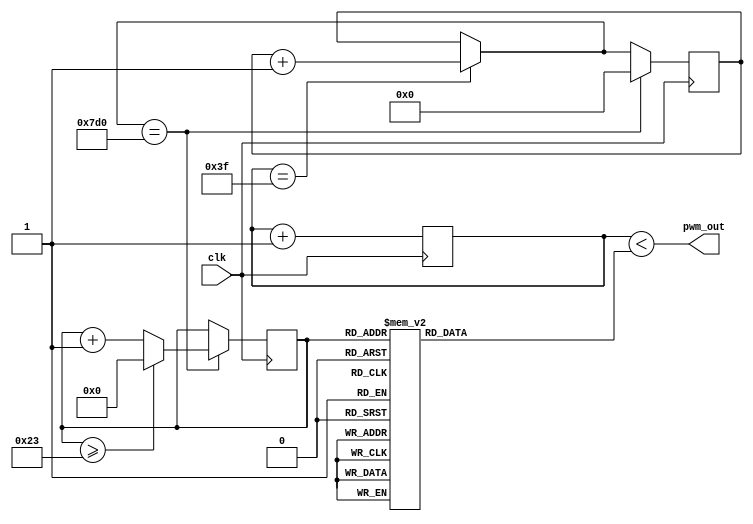
`timescale 1ns/1ps

module pwm_basico
	#(parameter R = 6, parameter N=2000)(
	input clk,
	//output reg [R - 1:0] ciclo,
	output pwm_out
	);
	
	
	//Contador de flanco positivo
	reg [R - 1:0] Q_reg=0;
	reg [R - 1:0] ciclo=0;
	reg [5:0]caso =0;
	reg [15:0] n=0;
	assign pwm_out = (Q_reg <ciclo);
	always @(posedge clk)
	begin
		Q_reg <= Q_reg+1;
		
	
	if(Q_reg==2**R-1) begin 
	n=n+1;
	end
	
	if(n==N)begin
		if(caso>=35) caso=0;
		else caso=caso+1;	
		n=0;end
	end
	
	always @(*) begin
	case(caso)
			0: ciclo=2**R*0.5; // 
			1: ciclo=2**R*0.5893; // 
			2: ciclo=2**R*0.6757; // 
			3: ciclo=2**R*0.7564; // 
			4: ciclo=2**R*0.829; // 
			5: ciclo=2**R*0.8909; // 
			6: ciclo=2**R*0.9403; // 
			7: ciclo=2**R*0.9755; // 
			8: ciclo=2**R-1;
			9: ciclo=2**R-1;
			10: ciclo=2**R-1;
			11: ciclo=2**R*0.9598;
			12: ciclo=2**R*0.9173;
			13: ciclo=2**R*0.8614;
			14: ciclo=2**R*0.7939;
			15: ciclo=2**R*0.7169;
			16: ciclo=2**R*0.633;
			17: ciclo=2**R*0.5448;
			18: ciclo=2**R*0.4552;
			19: ciclo=2**R*0.367;
			20: ciclo=2**R*0.2831;
			21: ciclo=2**R*0.2061;
			22: ciclo=2**R*0.1386;
			23: ciclo=2**R*0.0827;
			24: ciclo=2**R*0.0402;
			25: ciclo=2**R*0.0125;
			26: ciclo=2**R*0.0005;
			27: ciclo=2**R*0.0045;
			28: ciclo=2**R*0.0245;
			29: ciclo=2**R*0.0597;
			30: ciclo=2**R*0.1091;
			31: ciclo=2**R*0.171;
			32: ciclo=2**R*0.2436;
			33: ciclo=2**R*0.3243;
			34: ciclo=2**R*0.4107;
			35: ciclo=2**R*0.5;
			default:     ciclo=2**R-1; // 
		endcase
		
	end
	

	
endmodule